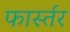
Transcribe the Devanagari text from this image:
फार्स्तर